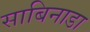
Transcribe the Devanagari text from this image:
साबिनाडा